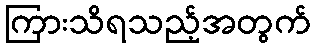
ကြားသိရသည့်အတွက်